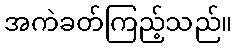
အကဲခတ်ကြည့်သည်။